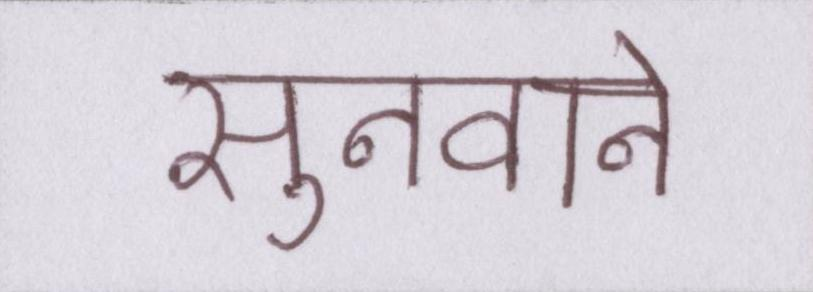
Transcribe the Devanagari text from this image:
सुनवाने